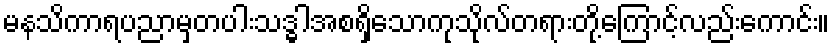
မနသိကာရပညာမှတပါးသဒ္ဓါအစရှိသောကုသိုလ်တရားတို့ကြောင့်လည်းကောင်း။